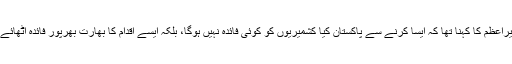
وزیراعظم کا کہنا تھا کہ ایسا کرنے سے پاکستان کیا کشمیریوں کو کوئی فائدہ نہیں ہوگا، بلکہ ایسے اقدام کا بھارت بھرپور فائدہ اٹھائے گا۔